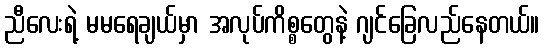
ညီလေးရဲ့ မမရေချယ်မှာ အလုပ်ကိစ္စတွေနဲ့ ဂျင်ခြေလည်နေတယ်။